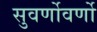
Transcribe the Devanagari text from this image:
सुवर्णोवर्णो